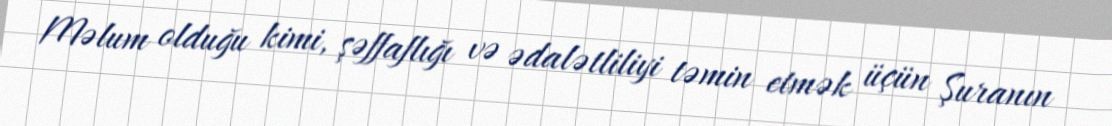
Məlum olduğu kimi, şəffaflığı və ədalətliliyi təmin etmək üçün Şuranın